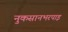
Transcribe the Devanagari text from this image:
नुकसानभरपाइ